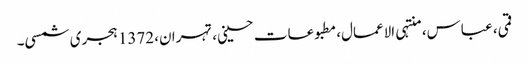
قمی، عباس، منتہی الاعمال، مطبوعات حسینی، تہران، 1372 ہجری شمسی۔